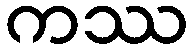
ကဿ